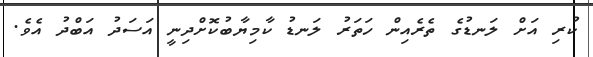
ކުރި އަށް ލަނޑުގެ ތެރެއިން ހަތަރު ލަނޑު ކާމިޔާބުކޮށްދިނީ އަސަދު އަބްދު އެވެ.